Leprosy in India: report of the Leprosy Commission in India, 1890-91
Year: 1890
Disease focus: Leprosy
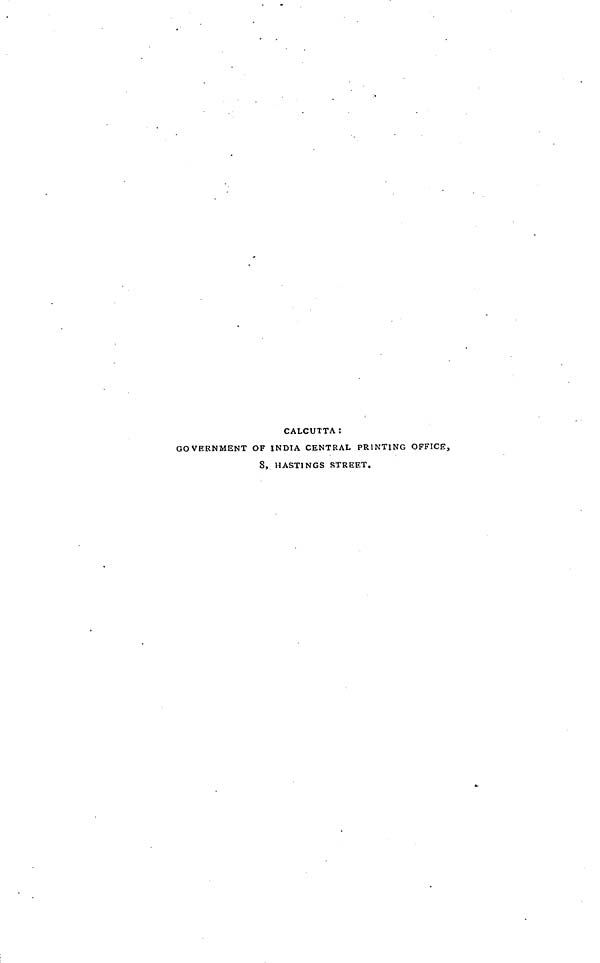
CALCUTTA :
GOVERNMENT OF INDIA CENTRAL PRINTING OFFICE,
8, HASTINGS STREET.